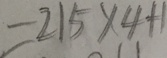
= 2 1 5 \times 4 + 1